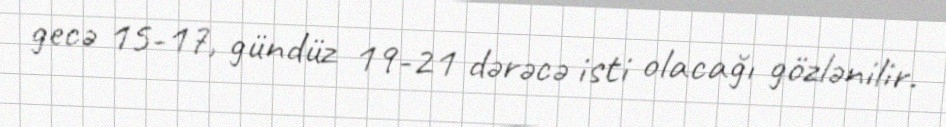
gecə 15-17, gündüz 19-21 dərəcə isti olacağı gözlənilir.